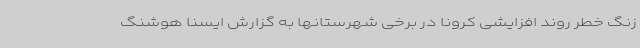
زنگ خطر روند افزایشی کرونا در برخی شهرستانها به گزارش ایسنا هوشنگ